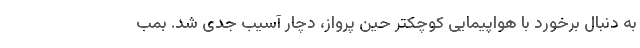
به دنبال برخورد با هواپیمایی کوچکتر حین پرواز، دچار آسیب جدی شد. بمب